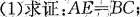
(1)求证：$$A E = B C$$；